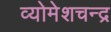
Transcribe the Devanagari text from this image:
व्योमेशचन्द्र